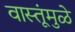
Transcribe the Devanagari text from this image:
वास्तूंमुळे